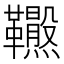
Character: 𩎂